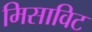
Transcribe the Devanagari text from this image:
मिसाविट